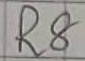
Text: R8